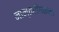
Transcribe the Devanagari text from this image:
नान्तरीगकम।